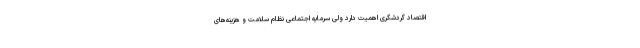
اقتصاد گردشگری اهمیت دارد ولی سرمایه اجتماعی نظام سلامت و هزینه‌های